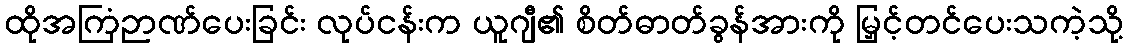
ထိုအကြံဉာဏ်ပေးခြင်း လုပ်ငန်းက ယူဂျီ၏ စိတ်ဓာတ်ခွန်အားကို မြှင့်တင်ပေးသကဲ့သို့